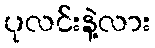
ပုလင်းနဲ့လား